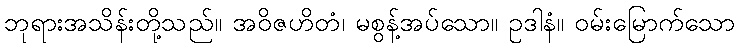
ဘုရားအသိန်းတို့သည်။ အဝိဇဟိတံ၊ မစွန့်အပ်သော။ ဥဒါနံ။ ဝမ်းမြောက်သော